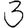
Digit: 3